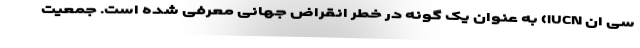
سی ان IUCN) به عنوان یک گونه در خطر انقراض جهانی معرفی شده است. جمعیت